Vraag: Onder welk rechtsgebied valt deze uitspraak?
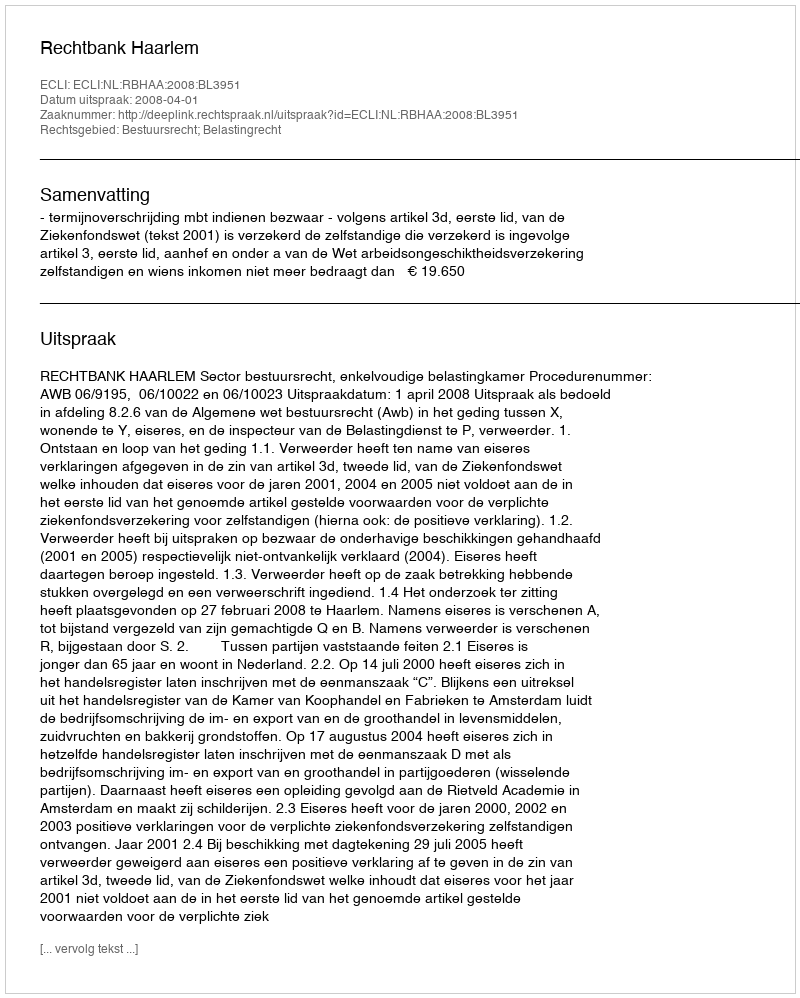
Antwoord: Bestuursrecht; Belastingrecht